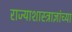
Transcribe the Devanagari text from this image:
राज्याशास्त्राज्ञांच्या